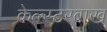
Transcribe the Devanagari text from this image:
केल्स्टरबाख